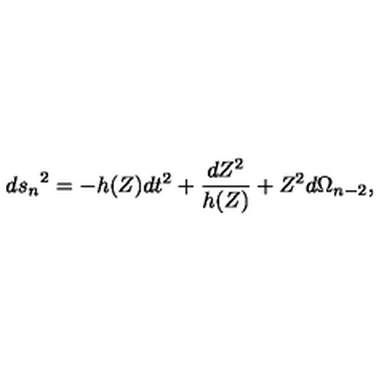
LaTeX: { d s _ { n } } ^ { 2 } = - h ( Z ) d t ^ { 2 } + \frac { d Z ^ { 2 } } { h ( Z ) } + Z ^ { 2 } d \Omega _ { n - 2 } ,